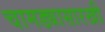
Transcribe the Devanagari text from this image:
चामड्यासारखी